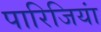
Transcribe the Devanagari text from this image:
पारिजियां